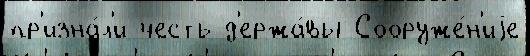
пр'изна́л'и честь д'ержа́вы Сооруже́н'иjе